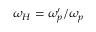
\omega _ { H } = \omega _ { p } ^ { \prime } / \omega _ { p }